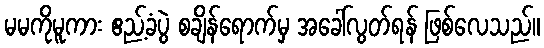
မမကိုမူကား ဧည့်ခံပွဲ စချိန်ရောက်မှ အခေါ်လွတ်ရန် ဖြစ်လေသည်။